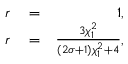
\begin{array} { r l r } { r } & { { } = } & { 1 , } \\ { r } & { { } = } & { \frac { 3 \chi _ { 1 } ^ { 2 } } { ( 2 \sigma + 1 ) \chi _ { 1 } ^ { 2 } + 4 } , } \end{array}